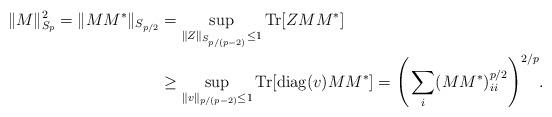
LaTeX: \begin{align*}\|M\|_{S_p}^2 =\|MM^*\|_{S_{p/2}} &=\sup_{\|Z\|_{S_{p/(p-2)}}\le 1} \mathrm{Tr}[ZMM^*]\\ &\ge \sup_{\|v\|_{p/(p-2)}\le 1} \mathrm{Tr}[\mathrm{diag}(v)MM^*] = \Bigg(\sum_i (MM^*)_{ii}^{p/2}\Bigg)^{2/p}.\end{align*}